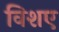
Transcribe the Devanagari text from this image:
विशए